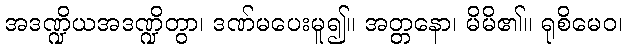
အဒဏ္ဍိယအဒဏ္ဍိတွာ၊ ဒဏ်မပေးမူ၍။ အတ္တနော၊ မိမိ၏။ ရုစိမေဝ၊